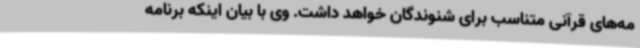
مه‌های قرآنی متناسب برای شنوندگان خواهد داشت. وی با بیان اینکه برنامه